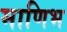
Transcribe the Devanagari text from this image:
माणिभ